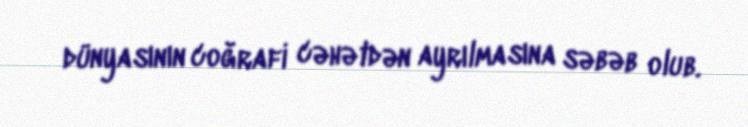
dünyasının coğrafi cəhətdən ayrılmasına səbəb olub.